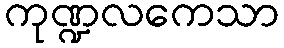
ကုဏ္ဍလကေသာ